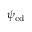
\psi _ { \mathrm { c d } }